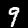
Digit: 9